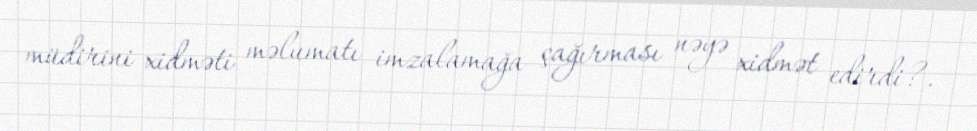
müdirini xidməti məlumatı imzalamağa çağırması nəyə xidmət edirdi?.